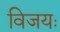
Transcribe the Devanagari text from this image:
विजयः